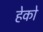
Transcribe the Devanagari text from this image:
हेको